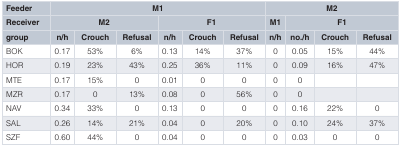
| Feeder | <COLSPAN=6> M1 | <COLSPAN=4> M2 |
 | Receiver | <COLSPAN=3> M2 | <COLSPAN=3> F1 | M1 | <COLSPAN=3> F1 |
 | group | n/h | Crouch | Refusal | n/h | Crouch | Refusal | n/h | no./h | Crouch | Refusal |
 | --- | --- | --- | --- | --- | --- | --- | --- | --- | --- | --- |
 | BOK | 0.17 | 53% | 6% | 0.13 | 14% | 37% | 0 | 0.05 | 15% | 44% |
 | HOR | 0.19 | 23% | 43% | 0.25 | 36% | 11% | 0 | 0.09 | 16% | 47% |
 | MTE | 0.17 | 15% | 0 | 0.01 | 0 | 0 | 0 | 0 |  |  |
 | MZR | 0.17 | 0 | 13% | 0.08 | 0 | 56% | 0 | 0 |  |  |
 | NAV | 0.34 | 33% | 0 | 0.13 | 0 | 0 | 0 | 0.16 | 22% | 0 |
 | SAL | 0.26 | 14% | 21% | 0.04 | 0 | 20% | 0 | 0.10 | 24% | 37% |
 | SZF | 0.60 | 44% | 0 | 0.04 | 0 | 0 | 0 | 0.03 | 0 | 0 |